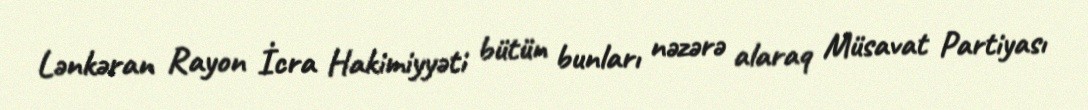
Lənkəran Rayon İcra Hakimiyyəti bütün bunları nəzərə alaraq Müsavat Partiyası